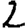
Digit: 2